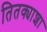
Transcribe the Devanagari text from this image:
तितक्याशा